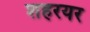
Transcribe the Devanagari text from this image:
शहरयर